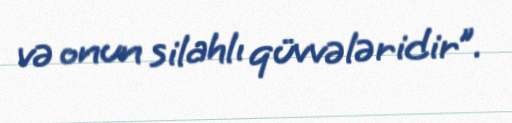
və onun silahlı qüvvələridir”.